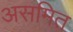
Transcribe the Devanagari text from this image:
असमित